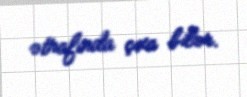
ətrafında çıxa bilər.